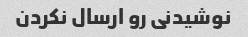
نوشیدنی رو ارسال نکردن